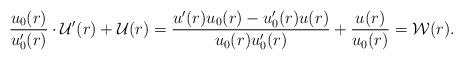
LaTeX: \begin{align*} \frac{u_0(r)}{u_0'(r)} \cdot \mathcal U'(r) + \mathcal U(r) =\frac{u'(r) u_0(r) - u_0'(r) u(r)}{u_0(r) u_0'(r)} + \frac{u(r)}{u_0(r)} = \mathcal W(r).\end{align*}